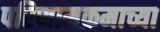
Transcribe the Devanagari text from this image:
परिणामक्रमाच्या